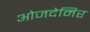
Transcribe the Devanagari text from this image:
ओजदेमिर